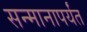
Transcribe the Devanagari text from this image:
सन्मानापर्यंत